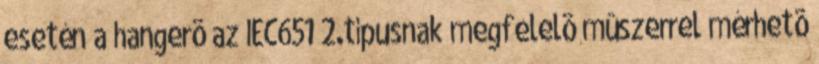
esetén a hangerõ az IEC651 2.típusnak megfelelõ mûszerrel mérhetõ